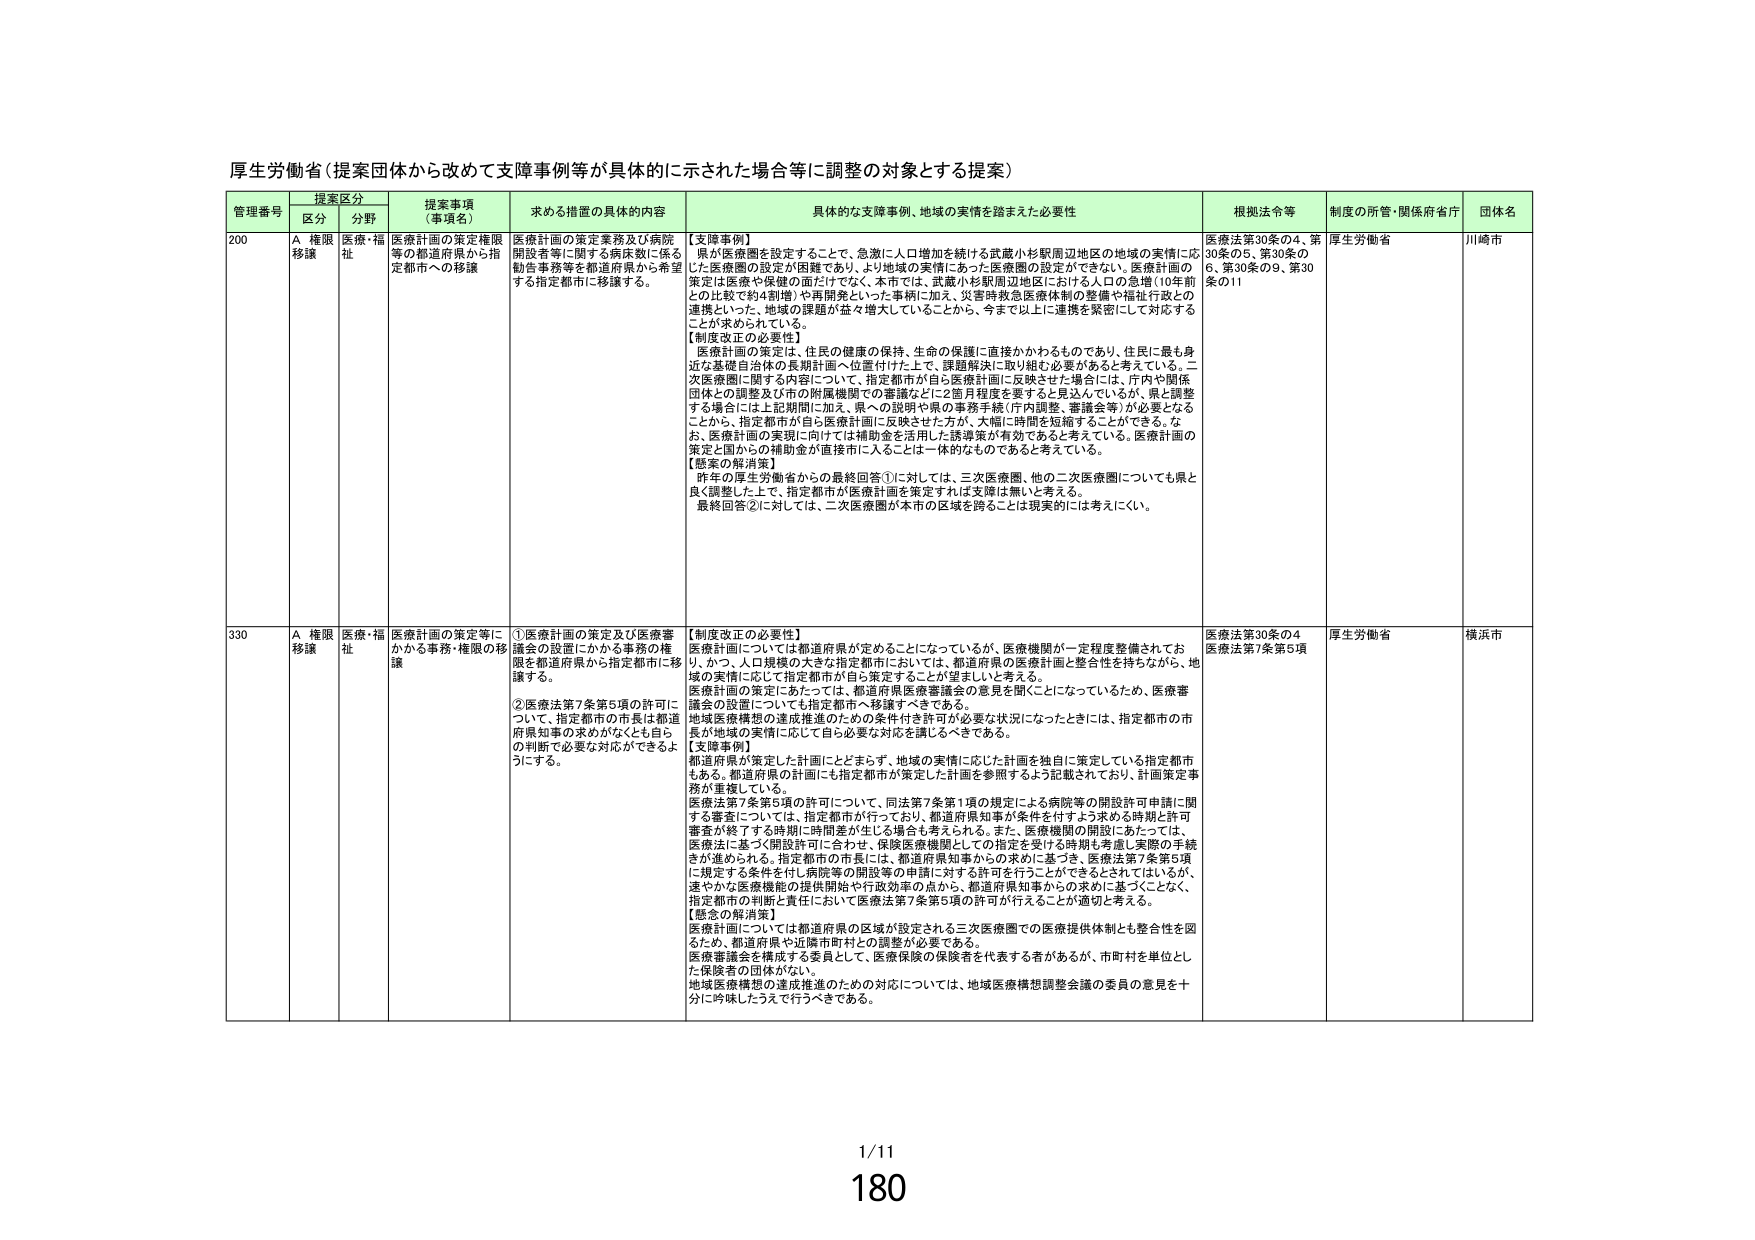
厚生労働省（提案団体から改めて支援事例等が具体的に示された場合等に調整の対象とする提案）

管理番号 提案区分 提案事項（事項名） 求める措置の具体的内容 具体的な支援事例、地域の実情を踏まえた必要性 根拠法令等 制度の所管・関係府省庁 団体名
区分 分野

200 A 権限移譲 医療・福祉 医療計画の策定権限等の都道府県から指定都市への移譲 医療計画の策定業務及び病院開設者等に関する病床数に係る勧告事務等を都道府県から希望する指定都市に移譲する。 【支援事例】
県が医療圏を設定することで、急激に人口増加を続ける武蔵小杉駅周辺地区の地域の実情に応じた医療圏の設定が困難であり、より地域の実情にあった医療圏の設定ができない。医療計画の策定は医療や保健の面だけでなく、本市では、武蔵小杉駅周辺地区における人口の急増（10年前との比較で約4割増）や再開発といった事柄に加え、災害時救急医療体制の整備や福祉行政との連携といった、地域の課題が益々増大していることから、今までは上に連携を緊密にして対応することが求められている。
【制度改正の必要性】
医療計画の策定は、住民の健康の保持、生命の保護に直接かかわるものであり、住民に最も身近な基礎自治体の長期計画へ位置付けた上で、課題解決に取り組む必要があると考えている。二次医療圏に関する内容について、指定都市が自ら医療計画に反映させた場合には、庁内や関係団体との調整及び市の附属機関での審議などに2箇月程度を要すると見込んでいるが、県と調整する場合には上記期間に加え、県への説明や県の事務手続（庁内調整、審議会等）が必要となることから、指定都市が自ら医療計画に反映させた方が、大幅に時間を短縮することができる。なお、医療計画の実現に向けては補助金を活用した誘導策が有効であると考えている。医療計画の策定と国からの補助金が直接市に入るとは一体的なものであると考えている。
【懸案の解消策】
昨年の厚生労働省からの最終回答①に対しては、三次医療圏、他の二次医療圏についても県と良（調整）した上で、指定都市が医療計画を策定すれば支障は無いと考える。
最終回答②に対しては、二次医療圏が本市の区域を跨ることは現実的には考えにくい。 医療法第30条の4、第30条の5、第30条の6、第30条の9、第30条の11 厚生労働省 川崎市

330 A 権限移譲 医療・福祉 医療計画の策定等にかかる事務・権限の移譲 ①医療計画の策定及び医療審議会の設置にかかる事務の権限を都道府県から指定都市に移譲する。
②医療法第7条第5項の許可について、指定都市の市長は都道府県知事の求めがなくとも自らの判断で必要な対応ができるようにする。 【制度改正の必要性】
医療計画については都道府県が定めることになっているが、医療機関が一定程度整備されており、かつ、人口規模の大きな指定都市においては、都道府県の医療計画と整合性を持ちながら、地域の実情に応じて指定都市が自ら策定することが望ましいと考える。
医療計画の策定にあたっては、都道府県医療審議会の意見を聞くことになっているため、医療審議会の設置についても指定都市へ移譲すべきである。
地域医療構想の達成推進のための条件付き許可が必要な状況になったときには、指定都市の市長が地域の実情に応じて自ら必要な対応を講じるべきである。
【支援事例】
都道府県が策定した計画にとどまらず、地域の実情に応じた計画を独自に策定している指定都市もある。都道府県の計画にも指定都市が策定した計画を参照するよう記載されており、計画策定事務が重複している。
医療法第7条第5項の許可について、同法第7条第1項の規定による病院等の開設許可申請に関する審査については、指定都市が行っており、都道府県知事が条件を付すよう求める時期と許可審査が終了する時期に時間差が生じる場合も考えられる。また、医療機関の開設にあたっては、医療法に基づく開設許可に合わせ、保険医療機関としての指定を受ける時期も考慮し実際の手続きが進められる。指定都市の市長には、都道府県知事からの求めに基づき、医療法第7条第5項に規定する条件を付し病院等の開設等の申請に対する許可を行うことができるとはされているが、速やかな医療機能の提供開始や行政効率の点から、都道府県知事からの求めに基づくことなく、指定都市の判断と責任において医療法第7条第5項の許可が行えることが適切と考える。
【懸案の解消策】
医療計画については都道府県の区域が設定される三次医療圏での医療提供体制とも整合性を図るため、都道府県や近隣市町村との調整が必要である。
医療審議会を構成する委員として、医療保険の保険者を代表する者があるが、市町村を単位とした保険者の団体が無い。
地域医療構想の達成推進のための対応については、地域医療構想調整会議の委員の意見を十分に吟味したうえで行うべきである。 医療法第30条の4 医療法第7条第5項 厚生労働省 横浜市

1/11
180